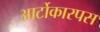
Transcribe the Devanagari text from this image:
आर्टोकारपस